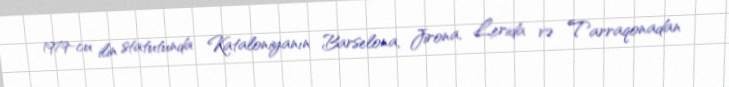
1979-cu ilin statutunda Kataloniyanın Barselona, Jirona, Lerida və Tarraqonadan